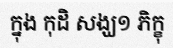
ក្នុង កុដិ សង្ឃ១ ភិក្ខុ